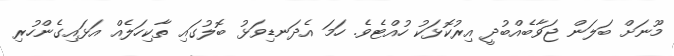
މޫނަށް ބަލަން ޖަވާބެއްބުދީ އިރުކޮޅަކު ހުއްޓެވެ. ހަމަ އެދަނޑިވަޅު ބޮލުގައި ތާކިހަލެއް އަޅައިގެންހުރި